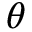
\theta